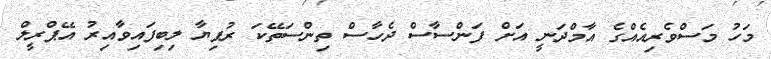
މަހު މަސްވެރިއެއްގެ އާމްދަނީ އަށް ފަންސާސް ދެހާސް ތިންސަތޭކަ ރުފިޔާ ލިބިފައިވާއިރު އޭޕްރީލް